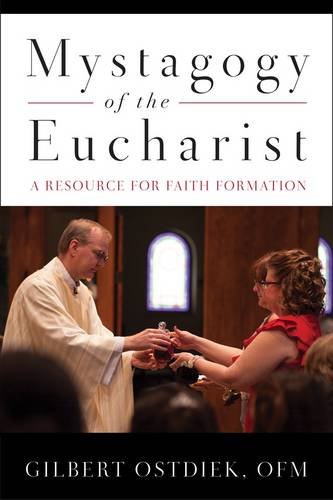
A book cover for Mystagogy of the Eucharist: A Resource for Faith Formation; Gilbert Ostdiek OFM; Christian Books & Bibles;